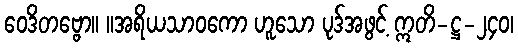
ဝေဒိတဗ္ဗော။ ။အရိယသာဝကော ဟူသော ပုဒ်အဖွင့် ဣတိ-ဋ္ဌ-၂၄၀၊